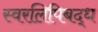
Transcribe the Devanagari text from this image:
स्वरलिपिबद्ध